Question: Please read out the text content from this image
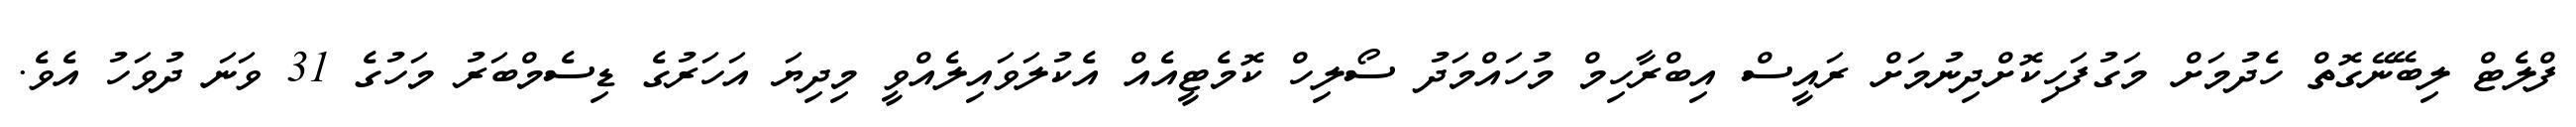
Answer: ފްލެޓް ލިބޭނޭގޮތް ހެދުމަށް މަގުފަހިކޮށްދިނުމަށް ރައީސް އިބްރާހިމް މުހައްމަދު ސޯލިހް ކޮމެޓީއެއް އެކުލަވައިލެއްވީ މިދިޔަ އަހަރުގެ ޑިސެމްބަރު މަހުގެ 31 ވަނަ ދުވަހު އެވެ.